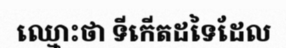
ឈ្មោះថា ទីកើតដទៃដែល